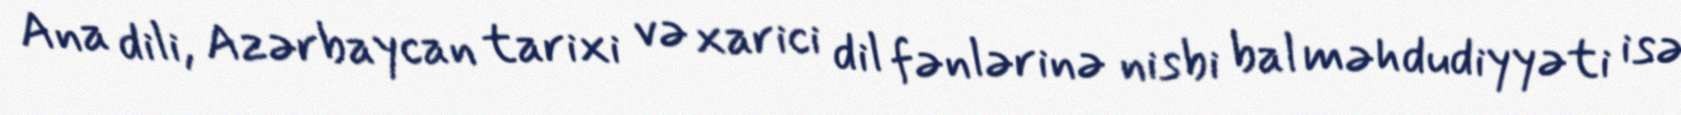
Ana dili, Azərbaycan tarixi və xarici dil fənlərinə nisbi bal məhdudiyyəti isə